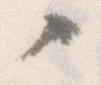
々